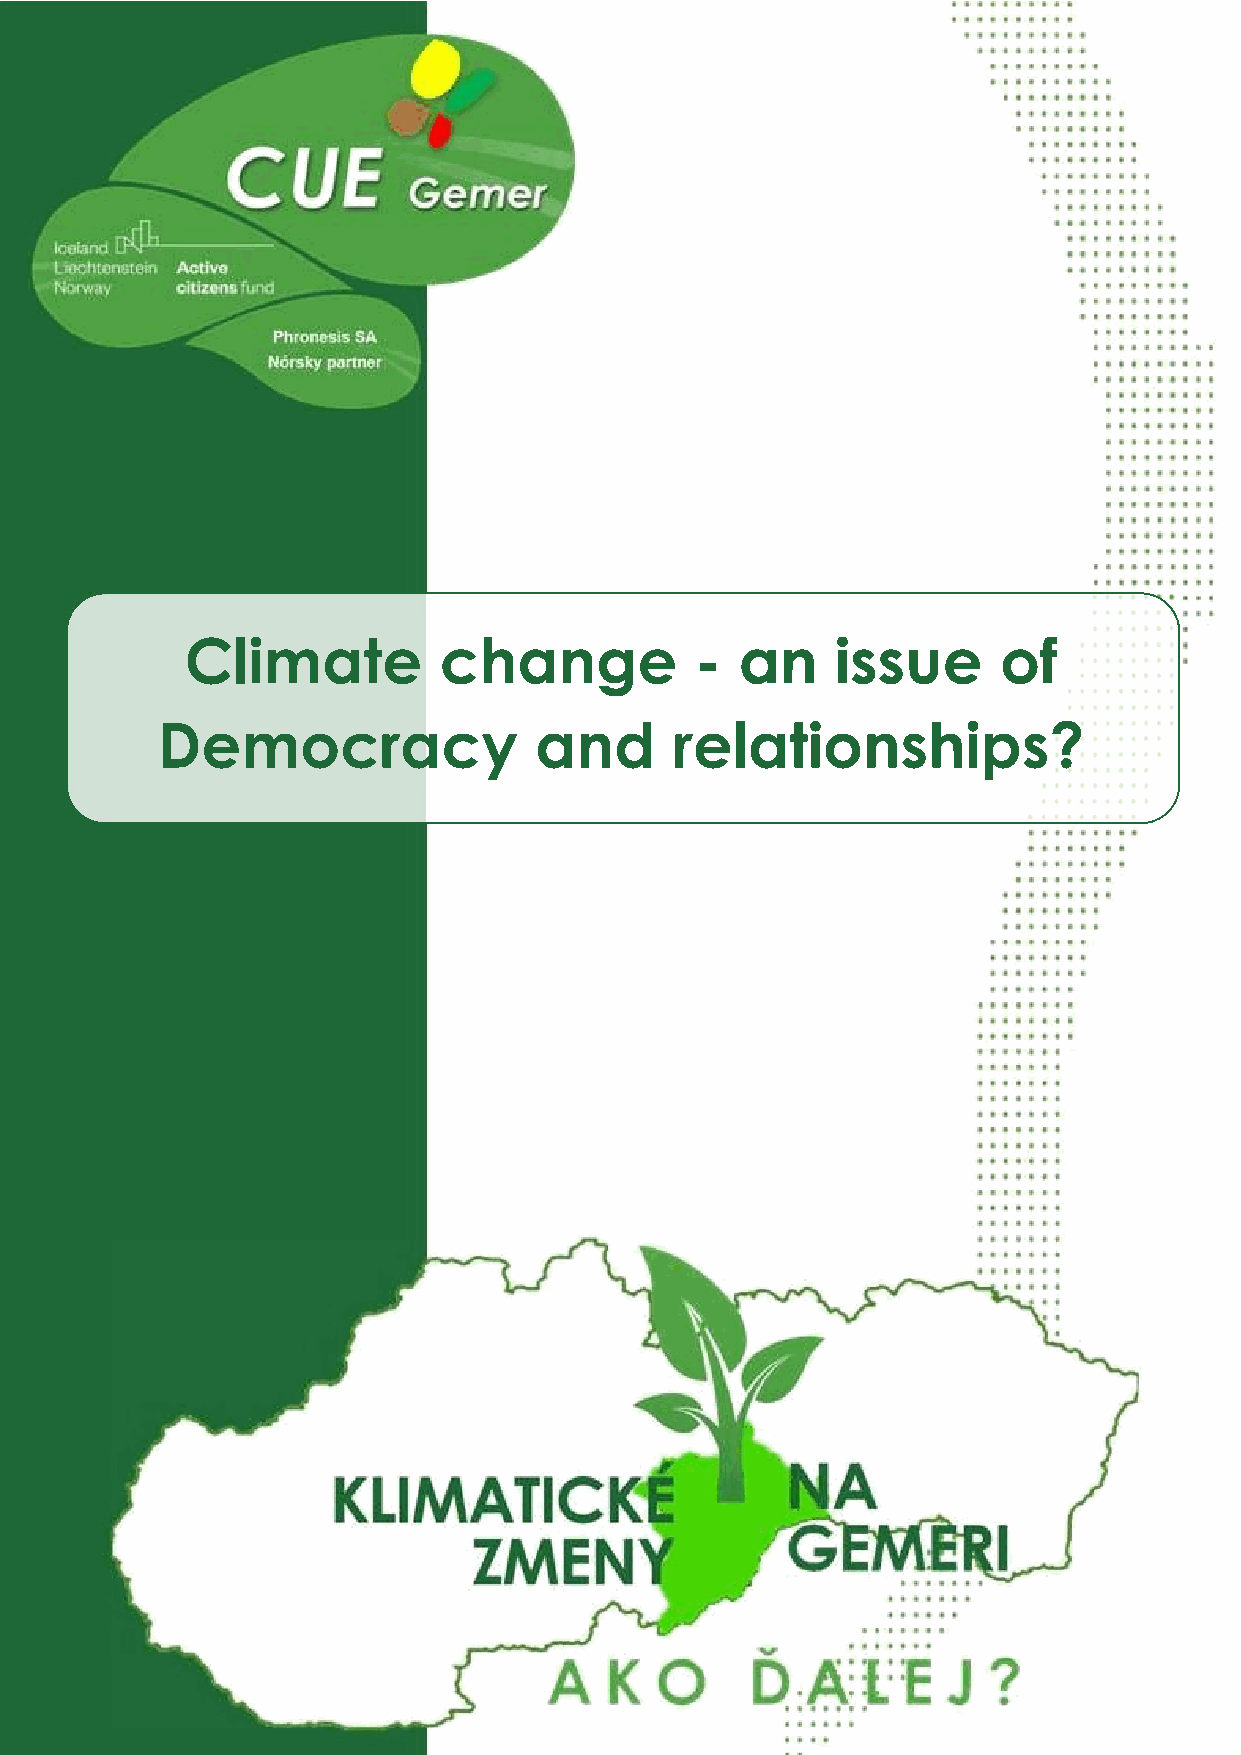
Climate          change           -  an    issue      of
 Democracy                and       relationships?